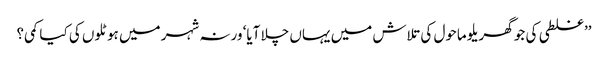
’’غلطی کی جو گھریلو ماحول کی تلاش میں یہاں چلا آیا‘ ورنہ شہر میں ہوٹلوں کی کیا کمی؟